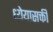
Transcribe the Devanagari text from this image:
ध्येयासक्ती